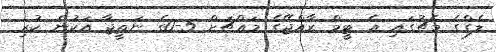
ލެގްގެ މެޗުގައި އެ ޓީމް ރާއްޖޭގެ މައްޗަށް 5-0ގެ ނަތީޖާ އަކުން ކުރި